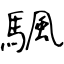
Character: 颿